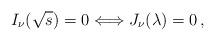
LaTeX: \begin{align*} I_{\nu} (\sqrt{s}) = 0 \Longleftrightarrow J_{\nu} (\lambda) = 0 \, , \end{align*}